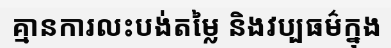
គ្មានការលះបង់តម្លៃ និងវប្បធម៌ក្នុង